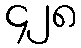
၄၂၈